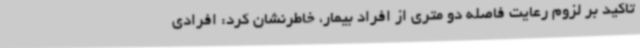
تاکید بر لزوم رعایت فاصله دو متری از افراد بیمار، خاطرنشان کرد: افرادی